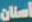
أسنان